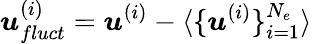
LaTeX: \boldsymbol{u}_{fluct}^{(i)}=\boldsymbol{u}^{(i)}-\langle\{ \boldsymbol{u}^{(i)}\} _{i=1}^{N_{e}}\rangle